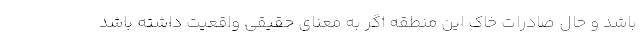
باشد و حال صادرات خاک این منطقه اگر به معنای حقیقی واقعیت داشته باشد